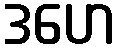
ဒဟေ